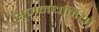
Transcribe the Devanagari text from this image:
सृजनधर्मियों